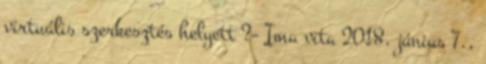
virtuális szerkesztés helyett ?– Ima vita 2018. június 7.,